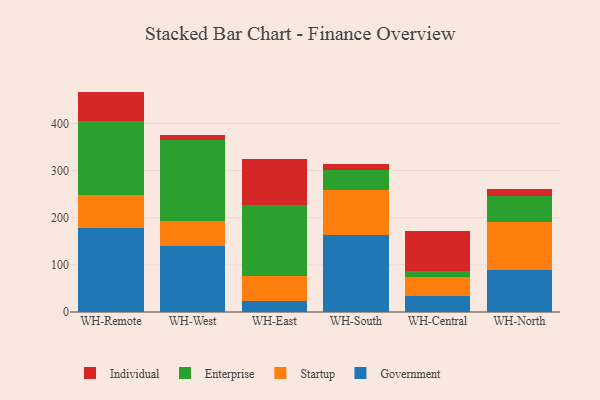
{"axis": {"x": "Warehouse", "y": "Waste Production (Tons)"}, "legend": ["Enterprise", "Government", "Individual", "Startup"], "data": [{"x": "WH-Remote", "y": 178.5, "type": "Government"}, {"x": "WH-Remote", "y": 69.2, "type": "Startup"}, {"x": "WH-Remote", "y": 156.4, "type": "Enterprise"}, {"x": "WH-Remote", "y": 63.2, "type": "Individual"}, {"x": "WH-West", "y": 140.9, "type": "Government"}, {"x": "WH-West", "y": 51.5, "type": "Startup"}, {"x": "WH-West", "y": 171.8, "type": "Enterprise"}, {"x": "WH-West", "y": 11.4, "type": "Individual"}, {"x": "WH-East", "y": 22.9, "type": "Government"}, {"x": "WH-East", "y": 52.8, "type": "Startup"}, {"x": "WH-East", "y": 150.8, "type": "Enterprise"}, {"x": "WH-East", "y": 98.4, "type": "Individual"}, {"x": "WH-South", "y": 163.3, "type": "Government"}, {"x": "WH-South", "y": 96.2, "type": "Startup"}, {"x": "WH-South", "y": 40.8, "type": "Enterprise"}, {"x": "WH-South", "y": 12.5, "type": "Individual"}, {"x": "WH-Central", "y": 33.7, "type": "Government"}, {"x": "WH-Central", "y": 40.0, "type": "Startup"}, {"x": "WH-Central", "y": 13.5, "type": "Enterprise"}, {"x": "WH-Central", "y": 85.1, "type": "Individual"}, {"x": "WH-North", "y": 89.1, "type": "Government"}, {"x": "WH-North", "y": 102.5, "type": "Startup"}, {"x": "WH-North", "y": 54.6, "type": "Enterprise"}, {"x": "WH-North", "y": 13.7, "type": "Individual"}]}